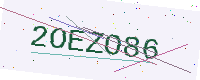
Text: 2OEZO86